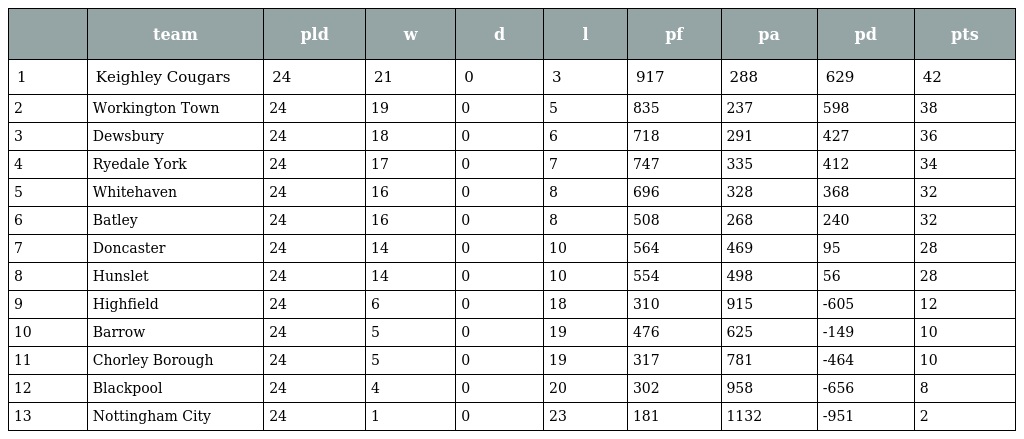
|  | team | pld | w | d | l | pf | pa | pd | pts |
 | --- | --- | --- | --- | --- | --- | --- | --- | --- | --- |
 | 1 | Keighley Cougars | 24 | 21 | 0 | 3 | 917 | 288 | 629 | 42 |
 | 2 | Workington Town | 24 | 19 | 0 | 5 | 835 | 237 | 598 | 38 |
 | 3 | Dewsbury | 24 | 18 | 0 | 6 | 718 | 291 | 427 | 36 |
 | 4 | Ryedale York | 24 | 17 | 0 | 7 | 747 | 335 | 412 | 34 |
 | 5 | Whitehaven | 24 | 16 | 0 | 8 | 696 | 328 | 368 | 32 |
 | 6 | Batley | 24 | 16 | 0 | 8 | 508 | 268 | 240 | 32 |
 | 7 | Doncaster | 24 | 14 | 0 | 10 | 564 | 469 | 95 | 28 |
 | 8 | Hunslet | 24 | 14 | 0 | 10 | 554 | 498 | 56 | 28 |
 | 9 | Highfield | 24 | 6 | 0 | 18 | 310 | 915 | -605 | 12 |
 | 10 | Barrow | 24 | 5 | 0 | 19 | 476 | 625 | -149 | 10 |
 | 11 | Chorley Borough | 24 | 5 | 0 | 19 | 317 | 781 | -464 | 10 |
 | 12 | Blackpool | 24 | 4 | 0 | 20 | 302 | 958 | -656 | 8 |
 | 13 | Nottingham City | 24 | 1 | 0 | 23 | 181 | 1132 | -951 | 2 |